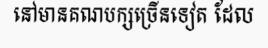
នៅមានគណបក្សច្រើនទៀត ដែល